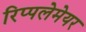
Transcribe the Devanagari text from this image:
रिप्‍पलेमेयर